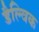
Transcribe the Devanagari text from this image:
डैल्विक